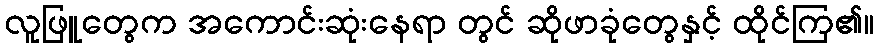
လူဖြူတွေက အကောင်းဆုံးနေရာ တွင် ဆိုဖာခုံတွေနှင့် ထိုင်ကြ၏။